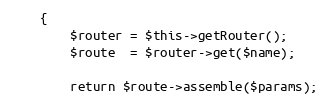
Language: PHP
    {
        $router = $this->getRouter();
        $route  = $router->get($name);

        return $route->assemble($params);